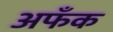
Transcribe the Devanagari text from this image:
अफँक